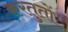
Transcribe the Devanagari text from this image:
करतुतों